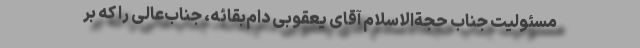
مسئولیت جناب حجةالاسلام آقای یعقوبی دام‌بقائه، جناب‌عالی را که بر